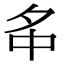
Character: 𡖌